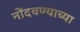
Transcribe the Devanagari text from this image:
नोंदवण्याच्या